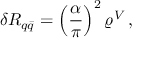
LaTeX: \delta R _ { q \bar { q } } = \left( \frac { \alpha } { \pi } \right) ^ { 2 } \varrho ^ { V } \, ,